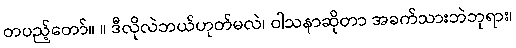
တပည့်တော်။ ။ ဒီလိုလဲဘယ်ဟုတ်မလဲ၊ ဝါသနာဆိုတာ အခက်သားဘဲဘုရား၊